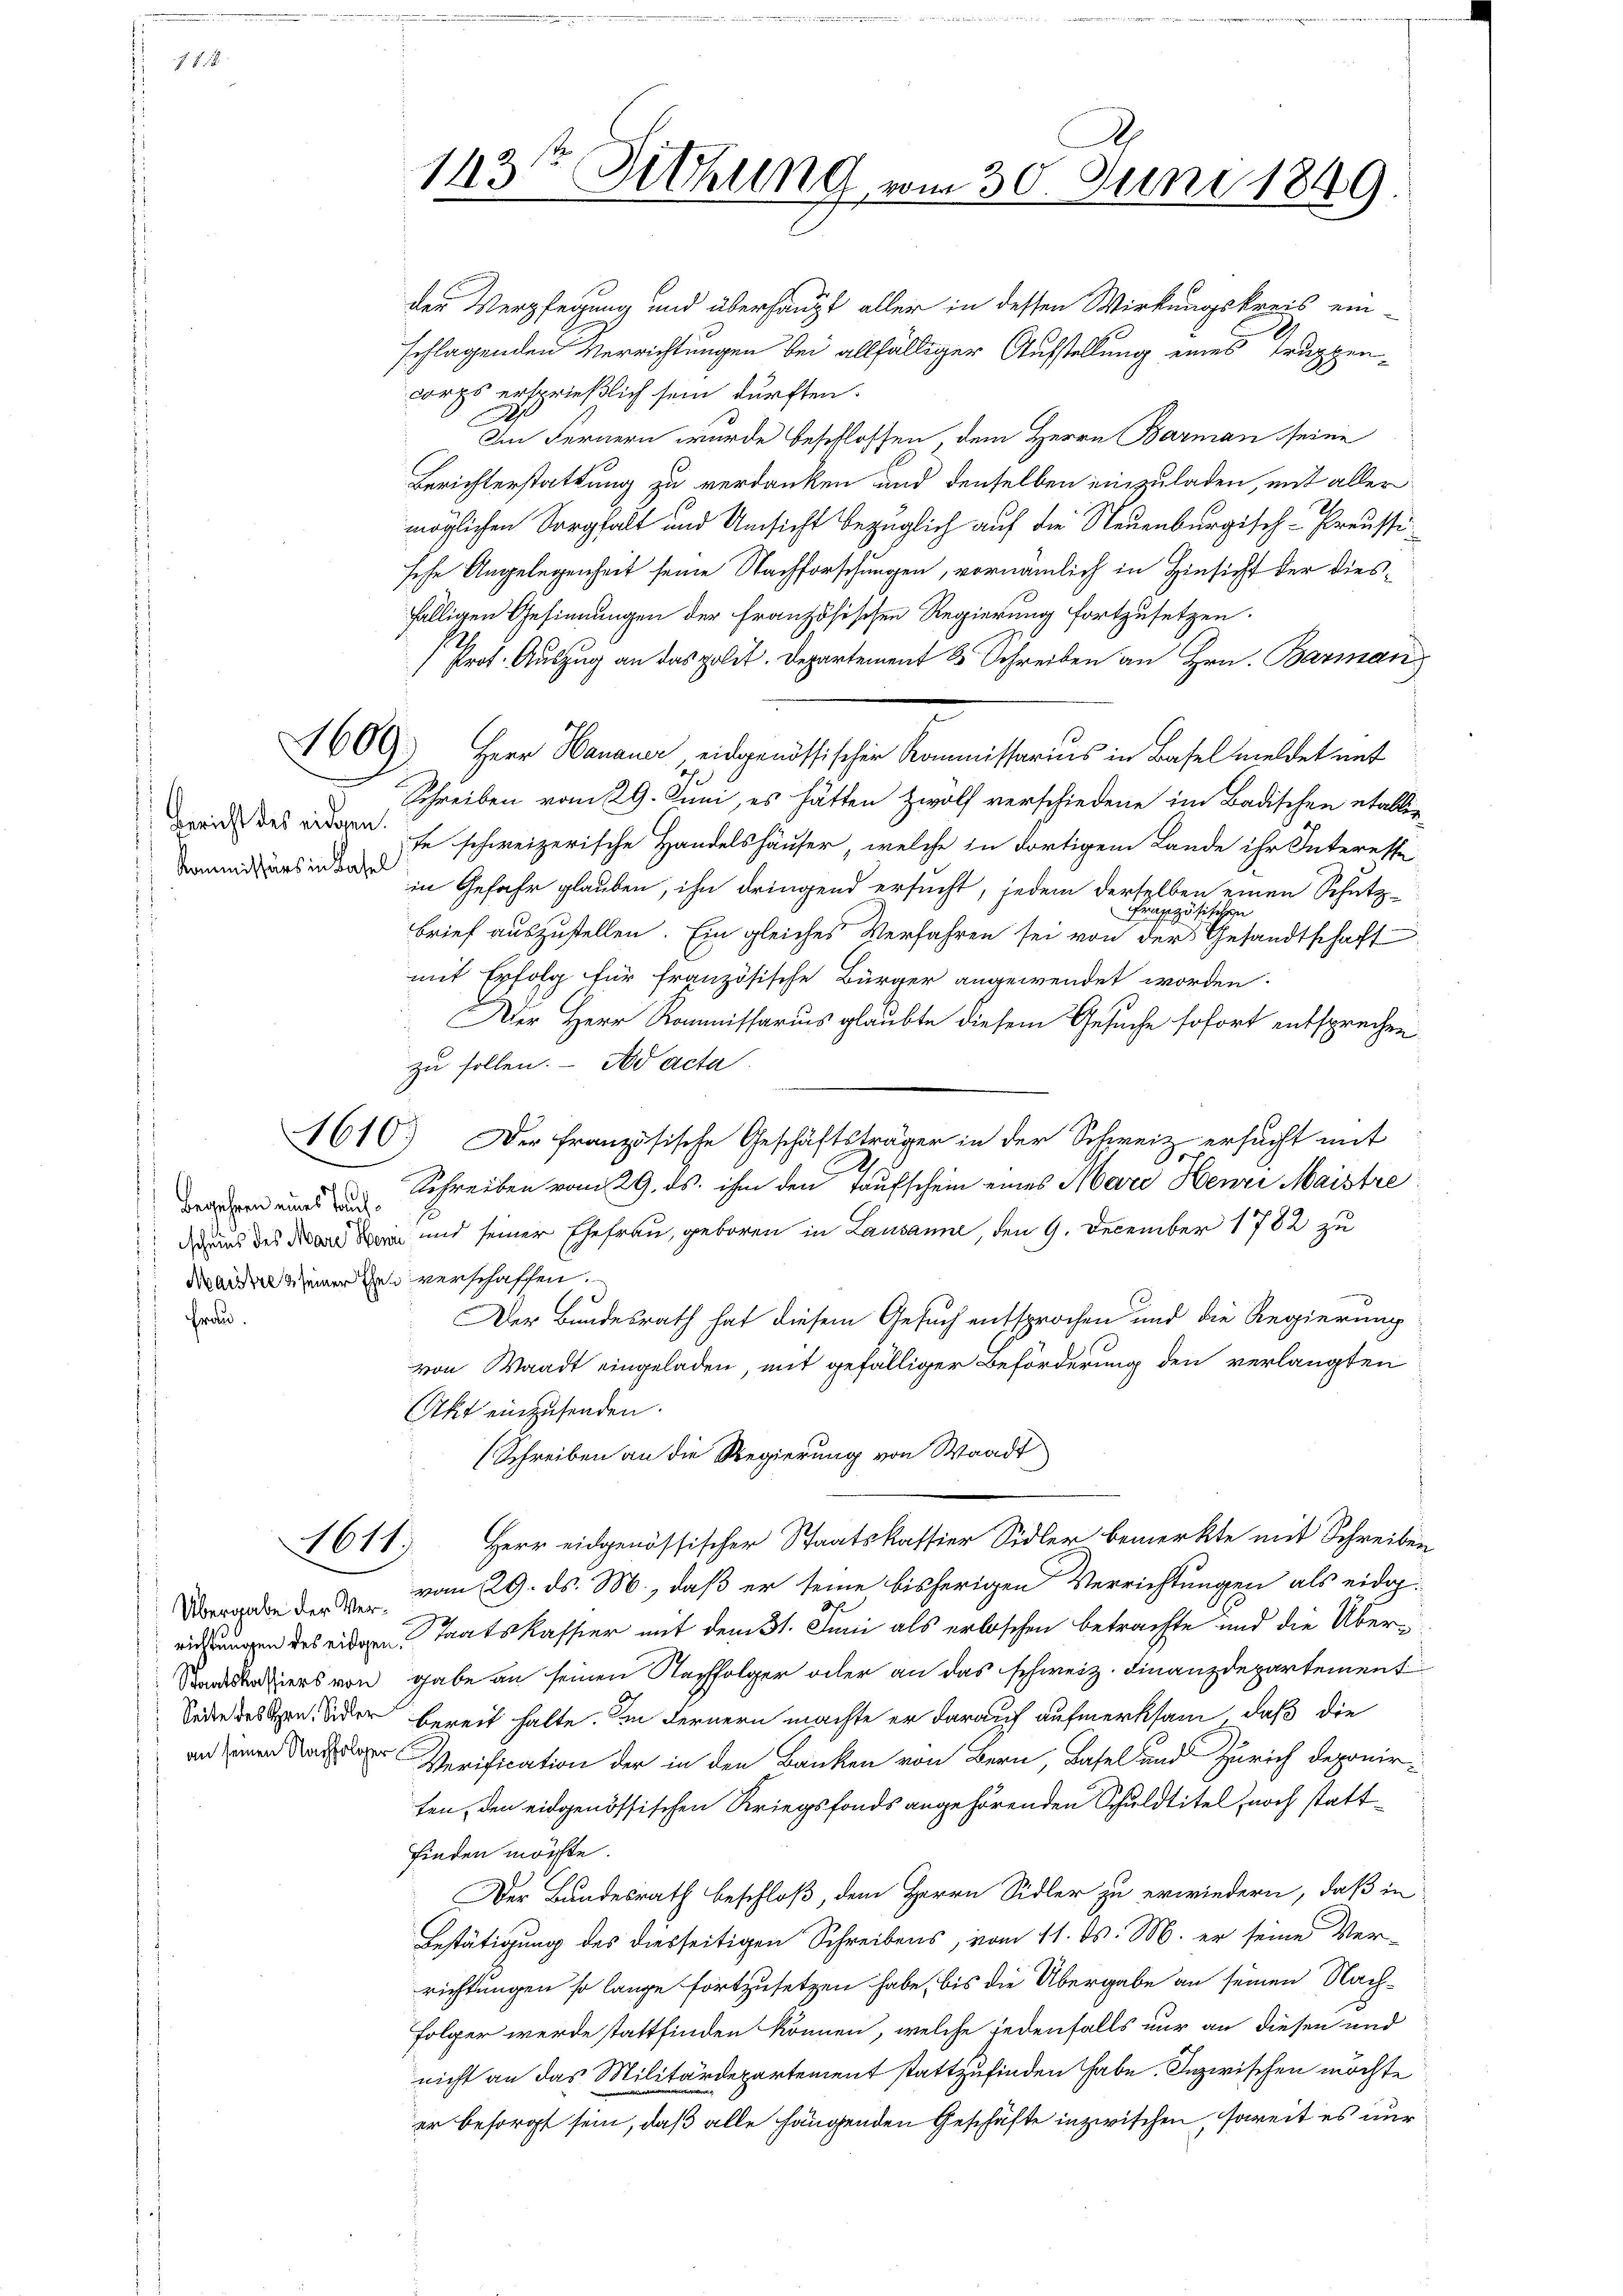
der Verpfegung und überhaupt aller in dessen Wirkungskreis ein-
schlagenden Verrichtungen bei allfälliger Aufstellung eines Truppencorps ersprießlich sein dürften.
Im Fernern wurde beschlossen, dem Herrn Barman seine
Berichterstattung zu verdanken und denselben einzuladen, mit aller
möglichen Sorgfalt und Unsicht bezüglich auf die Neuenburgisch-Preussisehe Angelegenheit seine Nachforschungen, vornämlich in Hinsicht der diesfälligen Gesinnungen der französischen Regierung fortzusetzen.
Prof. Auszug an das polit. Departement & Schreiben an Hrn. Barman
609.) Herr Hanauer eidgenössischer Kommissarius in Basel meldet mit
Schreiben vom 29. Juni, es hätten zwölf verschiedene im Badischen etablie
weid des ridoren, se schweizerische Handelshäuser, welche in dortigem Lande ihr Interesse
mirs in in Gefahr glauben, ihn dringend ersucht, jedem derselben einen Schutz-
Französischen
brief auszustellen. Ein gleiches Verfahren sei von der Gesandtschaft
mit Erfolg für französische Bürger angewendet worden.
Der Herr Kommissarius glaubte diesem Gesuche sofort entsprechen
zu sollen. - Nd acta
1610. Der Französische Geschäftsträger in der Schweiz ersucht mit
Schreiben vom 29. ds. ihm den Taufschein eines Mare Henri Maistre
dans des und seiner Ehefrau, geboren in Lausanne, den 9. December 1782 zu
Maitre seiner den verschaffen.
w
Der Bundesrath hat diesem Gesuch entsprochen und die Regierung
von Waadt eingeladen, mit gefälliger Beförderung den verlangten
Akt einzusenden.
(Schreiben an die Regierung von Waadt
Herr eidgenössischer Staatskassier Sidler bemerkte mit Schreiben
Vergabe der 2 vom 29. ds. M., daß er seine bisherigen Verrichtungen als eidg.
h
richtungen des eidgen. Staatskassier mit dem 31. Juni als erloschen betrachte und die Überatiers von gabe an seinen Nachfolger oder an das schweiz. Finanzdepartement
Seden dessen, der bereit halte. Im Fernern machte er darauf aufmerksam, daß die
Verification der in den Banken von Bern, Basel und Zürich deponirten, den eidgenössischen Kriegsfonds angehörenden Schuldtitel noch stattfinden möchte.
Der Bundesrath beschloß, dem Herrn Sidler zu erwiedern, daß in
Bestätigung des diesseitigen Schreibens, vom 11. ds. M. er seine Verrichtungen so lange fortzusetzen habe, bis die Übergabe an seinen Nach¬
Folger werde stattfinden können, welche jedenfalls nur an diesen und
nicht an das Militärdepartement stattzufinden habe. Inzwischen möchte
er besorgt sein, daß alle hängenden Geschäfte inzwischen, soweit es nur

Begehren eines Tauf¬
Frau.

1611

143te Sitzung vom 30. Juni 1849.